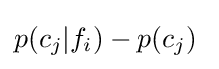
p(c_{j}|f_{i})-p(c_{j})\